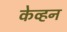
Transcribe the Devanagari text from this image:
केव्हन